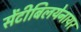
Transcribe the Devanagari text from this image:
सेंटीबिलयेनायर